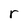
Character: r